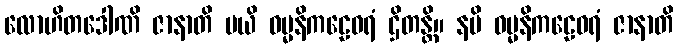
လောဟိတဒေါဏိ ဇာနာတိ မယိ ဓမ္မနိကဠေဝရံ ဌိတန္တိ။ နပိ ဓမ္မနိကဠေဝရံ ဇာနာတိ